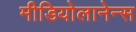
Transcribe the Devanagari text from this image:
मीडियोलानेन्स